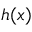
h ( \boldsymbol x )